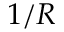
1 / R